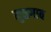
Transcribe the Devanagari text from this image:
मुळगाव